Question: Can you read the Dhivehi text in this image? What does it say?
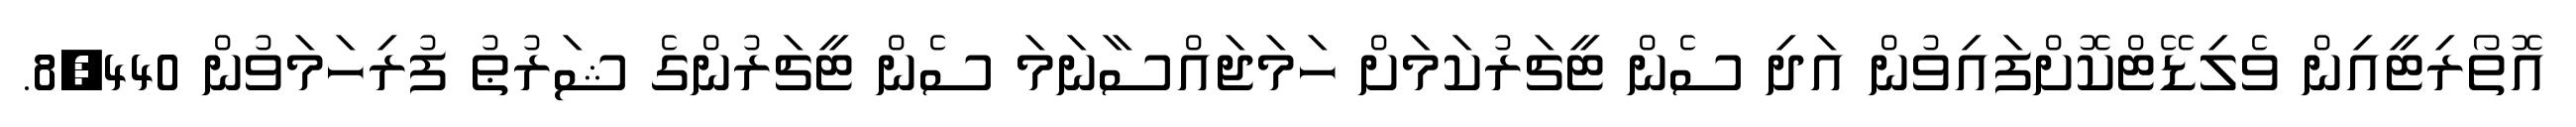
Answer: އޮތޯރިޓީއިން ވެލިޑޭޓްކޮށްފައިވުން އަދި ސެން ޓީޗަރުކަމަށް ހަމަޖައްސާނަމަ ސެން ޓީޗަރުންގެ ޝަރުޠު ފުރިހަމަވުން 8,440.